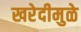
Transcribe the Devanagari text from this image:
खरेदीमुळे